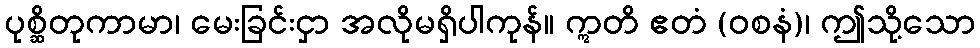
ပုစ္ဆိတုကာမာ၊ မေးခြင်းငှာ အလိုမရှိပါကုန်။ ဣတိ ဧတံ (ဝစနံ)၊ ဤသို့သော